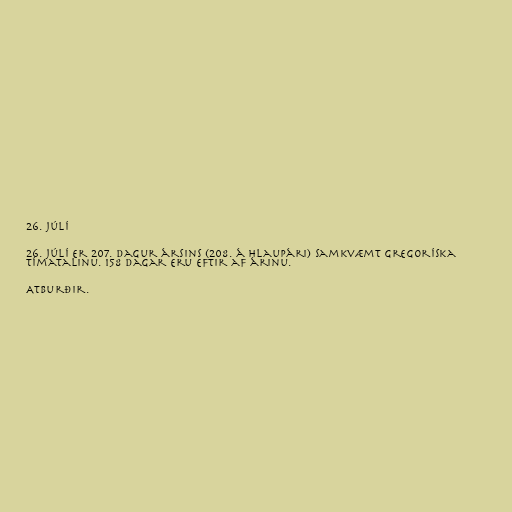
26. júlí

26. júlí er 207. dagur ársins (208. á hlaupári) samkvæmt gregoríska
tímatalinu. 158 dagar eru eftir af árinu.

Atburðir.